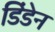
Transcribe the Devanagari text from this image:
डिंडेन